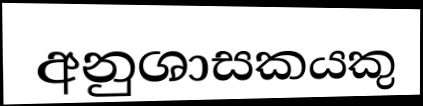
අනුශාසකයකු